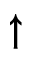
\uparrow